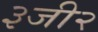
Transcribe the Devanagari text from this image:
३जी२